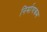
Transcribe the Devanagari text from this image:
निर्माणक्रम